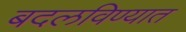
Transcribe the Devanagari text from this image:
बदलविण्यात